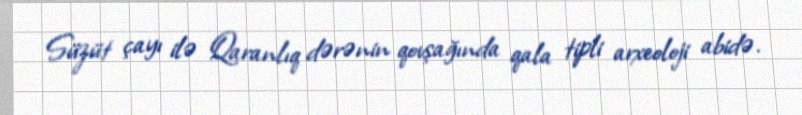
Süzüt çayı ilə Qaranlıq dərənin qovşağında qala tipli arxeoloji abidə.